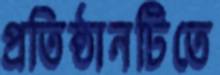
প্রতিষ্ঠানটিতে